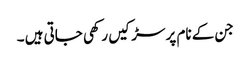
جن کے نام پر سڑکیں رکھی جاتی ہیں ۔